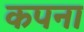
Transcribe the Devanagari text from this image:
कपना